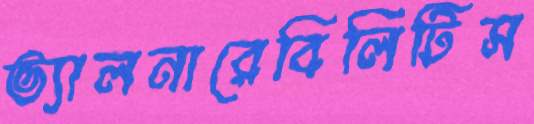
ভ্যালনারেবিলিটিস